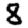
Digit: 8